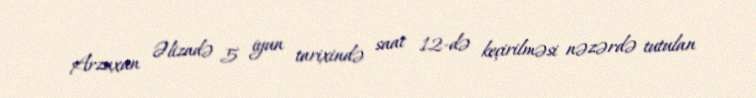
Arzuxan Əlizadə 5 iyun tarixində saat 12-də keçirilməsi nəzərdə tutulan